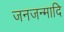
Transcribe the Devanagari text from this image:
जनजन्मादि